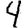
Digit: 4